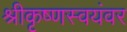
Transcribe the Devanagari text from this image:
श्रीकृष्णस्वयंवर